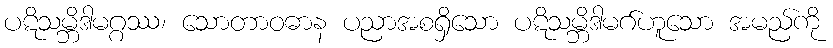
ပဋိသမ္ဘိဒါမဂ္ဂဿ၊ သောတာဝဓာန ပညာအစရှိသော ပဋိသမ္ဘိဒါမဂ်ဟူသော အမည်ကို